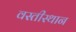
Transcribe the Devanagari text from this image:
वस्तीस्थान